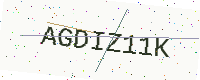
Text: AGDIZ11K